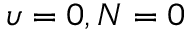
\upsilon = 0 , N = 0